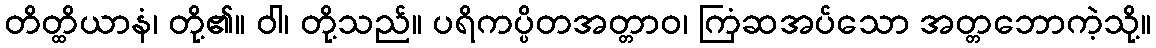
တိတ္ထိယာနံ၊ တို့၏။ ဝါ၊ တို့သည်။ ပရိကပ္ပိတအတ္တာဝ၊ ကြံဆအပ်သော အတ္တဘောကဲ့သို့။